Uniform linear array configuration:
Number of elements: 4
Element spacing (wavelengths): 1
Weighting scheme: exponential
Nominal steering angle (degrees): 0
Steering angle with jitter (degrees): -1.218
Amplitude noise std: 0.05
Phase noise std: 0.05

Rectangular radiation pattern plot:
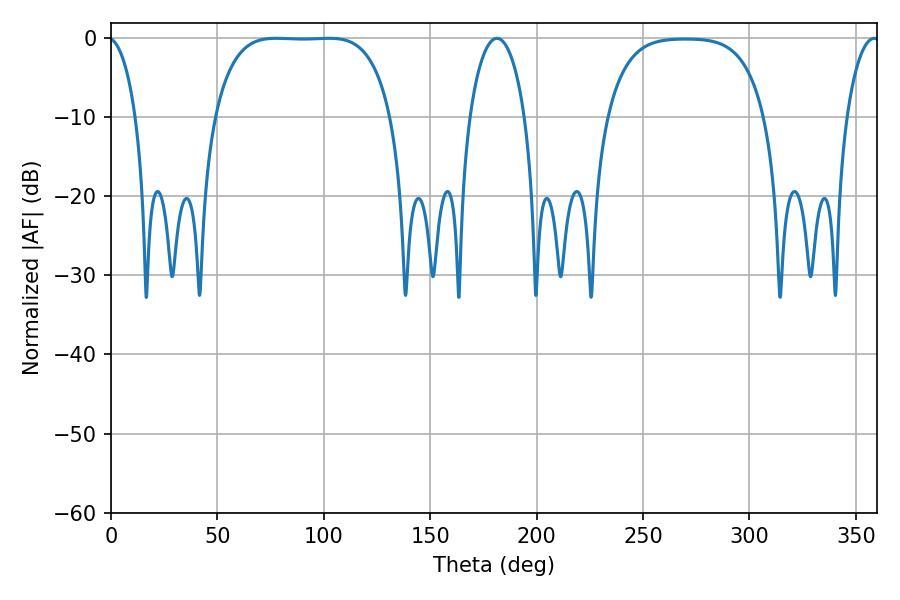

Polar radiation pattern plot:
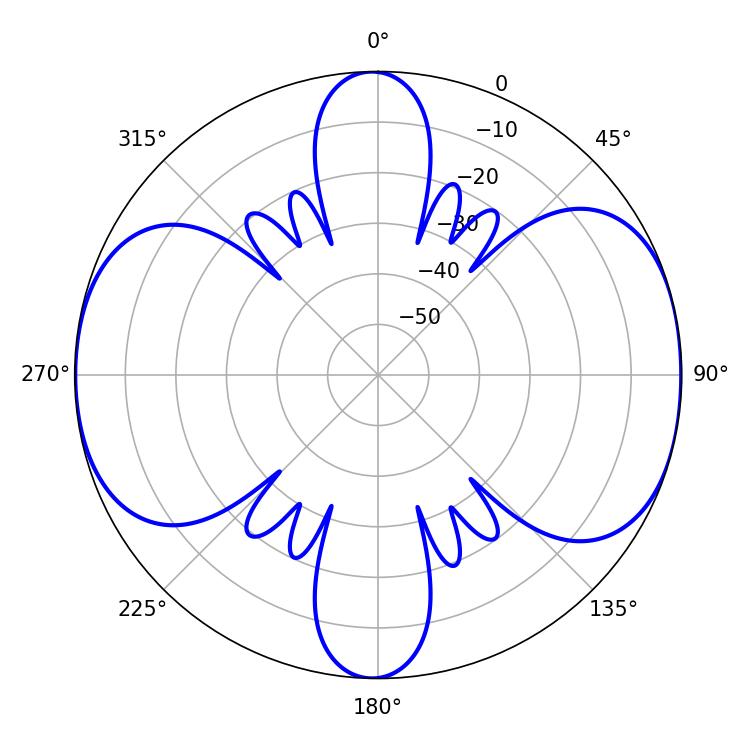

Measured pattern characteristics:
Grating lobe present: TRUE
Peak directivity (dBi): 10.569
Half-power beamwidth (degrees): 64.08
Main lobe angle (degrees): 77.58